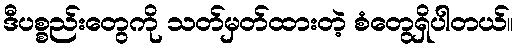
ဒီပစ္စည်းတွေကို သတ်မှတ်ထားတဲ့ စံတွေရှိပါတယ်။